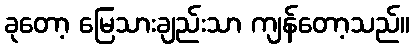
ခုတော့ မြေသားချည်းသာ ကျန်တော့သည်။